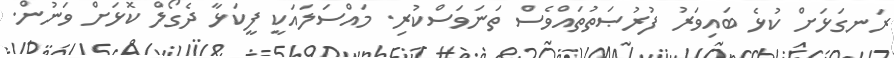
ރަނގަޅަށް ކުޅެ ބައިވަރު ފުރުޞަތުތައްވެސް ތަނަވަސްކުރި. މައްސަލައަކީ ފީކަޅާ ދެގޯލް ކޮޅަށް ވަނުން.